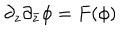
\partial _ { z } \partial _ { \bar { z } } \phi = F ( \phi )